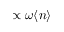
\propto \omega \langle n \rangle